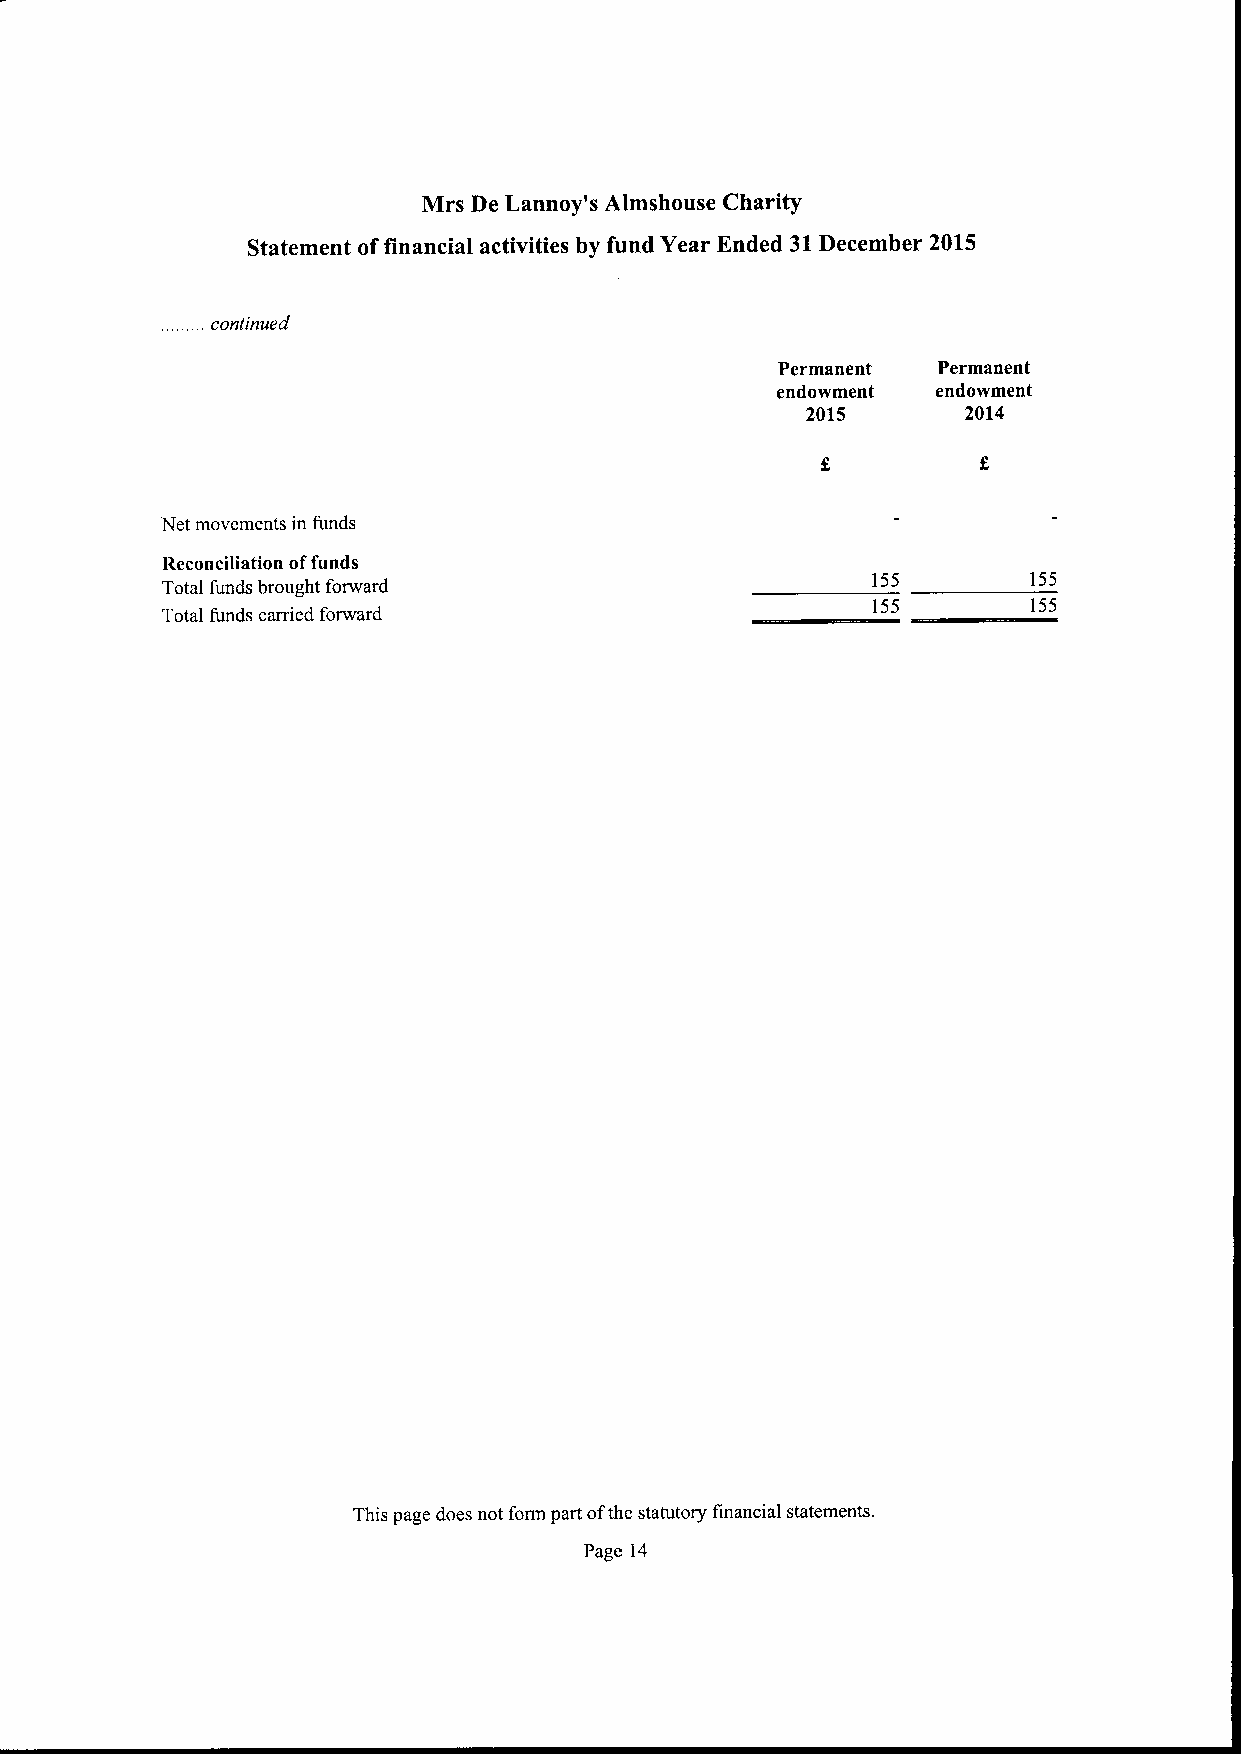
Mrs De Lannoy's Almshouse Charity
 Statement offinancial activities by fund Year Ended 31December 2015
 continued
 Permanent  Permanent
 endowment  endowment
 2015       2014
 Net movements in funds
 Reconciliation offunds
 155       155
 Total funds brought forward
 155       155
 Total funds carried forward
 This page does not form part ofthe statutory financial statements.
 Page 14